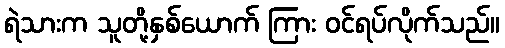
ရဲသားက သူတို့နှစ်ယောက် ကြား ဝင်ရပ်လိုက်သည်။